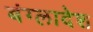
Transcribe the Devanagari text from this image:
बंग्‍लादेश